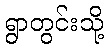
ရွာတွင်းသို့